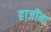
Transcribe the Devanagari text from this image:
हाजींना